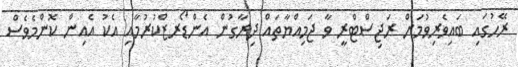
ރޭހުގައި ބައިވެރިވުމަށް ރަޖިސްޓްރީ ވާ ޖަމިއްޔާތައް ދިރާގުން އެންޑޯރޒްކުރުމާއި އެކު އެއިން ކޮންމެވެސް